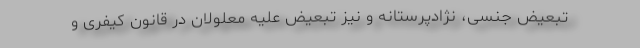
تبعیض جنسی، نژادپرستانه و نیز تبعیض علیه معلولان در قانون کیفری و